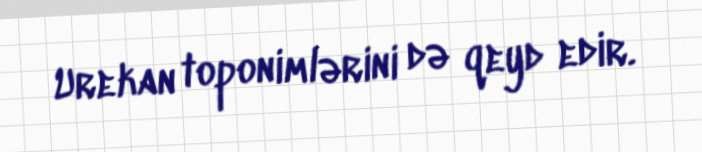
Urekan toponimlərini də qeyd edir.